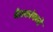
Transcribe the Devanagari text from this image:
बैठकांमध्ये